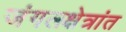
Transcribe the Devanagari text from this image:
जंगलक्षेत्रांत